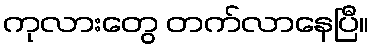
ကုလားတွေ တက်လာနေပြီ။